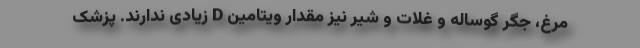
مرغ، جگر گوساله و غلات و شیر نیز مقدار ویتامین D زیادی ندارند. پزشک